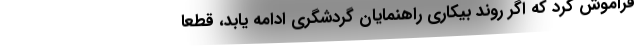
فراموش کرد که اگر روند بیکاری راهنمایان گردشگری ادامه یابد، قطعا